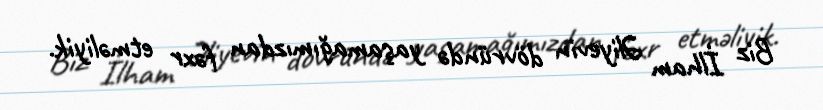
Biz İlham Əliyevin dövründə yaşamağımızdan fəxr etməliyik.